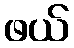
ဖယ်